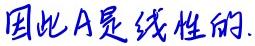
因此A是线性的.